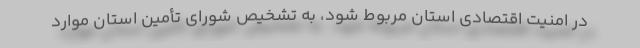
در امنیت اقتصادی استان مربوط شود، به تشخیص شورای تأمین استان موارد